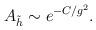
LaTeX: \begin{align*}A_{\tilde h} \sim e^{-C/g^2}. \end{align*}